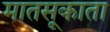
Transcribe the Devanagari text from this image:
मातसूकाता